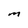
Character: M